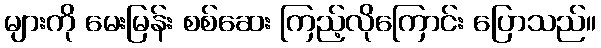
များကို မေးမြန်း စစ်ဆေး ကြည့်လိုကြောင်း ပြောသည်။